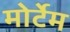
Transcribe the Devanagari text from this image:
मोर्टेम